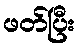
ဖတ်ပြီး